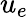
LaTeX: u_{e}